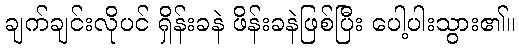
ချက်ချင်းလိုပင် ရှိန်းခနဲ ဖိန်းခနဲဖြစ်ပြီး ပေါ့ပါးသွား၏။